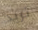
تريد